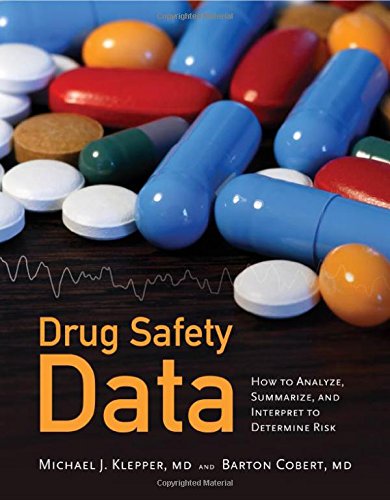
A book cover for Drug Safety Data: How to Analyze, Summarize, and Interpret to Determine Risk; Michael J. Klepper; Medical Books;